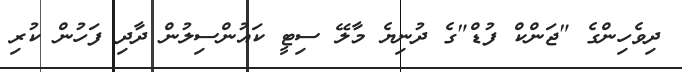
ދިވެހިންގެ "ޖަންކް ފުޑް"ގެ ދުނިޔެ މާލޭ ސިޓީ ކައުންސިލުން ދާދި ފަހުން ކުރި